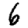
Digit: 6